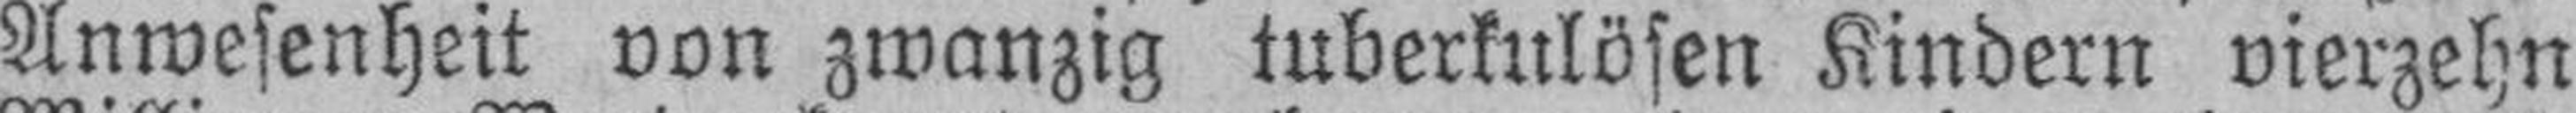
Anwesenheit von zwanzig tuberkulösen Kindern vierzehn